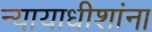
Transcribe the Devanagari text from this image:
न्यायाधीशांना